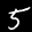
Label: 5